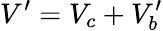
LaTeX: V^{\prime}=V_{c}+V_{b}^{\prime}